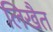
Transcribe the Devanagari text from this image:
लिखैत